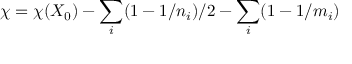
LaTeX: \chi = \chi ( X _ { 0 } ) - \sum _ { i } ( 1 - 1 / n _ { i } ) / 2 - \sum _ { i } ( 1 - 1 / m _ { i } )